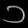
Digit: ၁